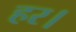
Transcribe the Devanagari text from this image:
हर।